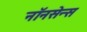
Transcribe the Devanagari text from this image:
नॉनसेन्स